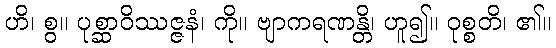
ဟိ၊ စွ။ ပုစ္ဆာဝိဿဇ္ဇနံ၊ ကို။ ဗျာကရဏန္တိ၊ ဟူ၍။ ဝုစ္စတိ၊ ၏။